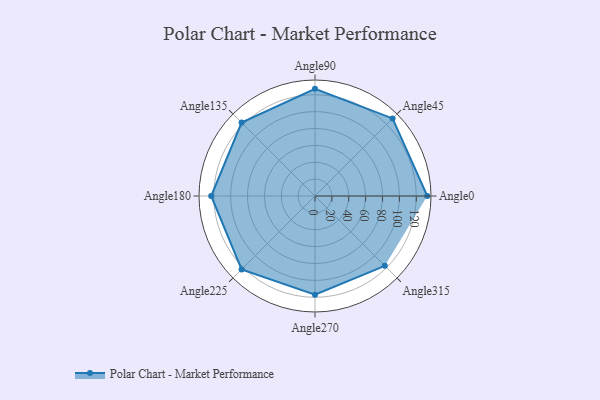
{"axis": {"x": "Angle", "y": "Radius"}, "legend": [""], "data": [{"x": "Angle0", "y": 133.0, "type": ""}, {"x": "Angle45", "y": 130.0, "type": ""}, {"x": "Angle90", "y": 127.0, "type": ""}, {"x": "Angle135", "y": 123.0, "type": ""}, {"x": "Angle180", "y": 123.0, "type": ""}, {"x": "Angle225", "y": 123.0, "type": ""}, {"x": "Angle270", "y": 117.0, "type": ""}, {"x": "Angle315", "y": 117.0, "type": ""}]}